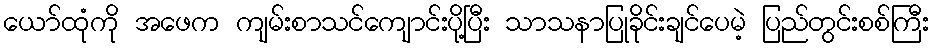
ယော်ထုံကို အဖေက ကျမ်းစာသင်ကျောင်းပို့ပြီး သာသနာပြုခိုင်းချင်ပေမဲ့ ပြည်တွင်းစစ်ကြီး